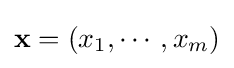
\mathbf {x} =(x_{1},\cdots ,x_{m})